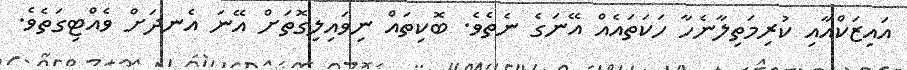
އައިޒަކްއާއި ކުރިމަތިލާނެހާ ހަކަތައެއް އޭނަގެ ނެތެވެ. ބޮކިތައް ނިވައިލިގޮތަށް އޭނަ އެނދަށް ވެއްޓިގަތެވެ.